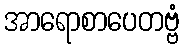
အာရောစာပေတဗ္ဗံ